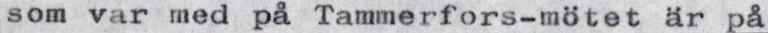
som var med på Tammerfors-mötet är på